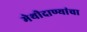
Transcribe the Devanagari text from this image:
मेथीदाण्यांचा